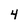
Character: 4